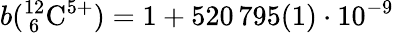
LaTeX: b({}_{~6}^{12}\mathrm{C}^{5+})=1+520\, 795(1)\cdot 10^{-9}